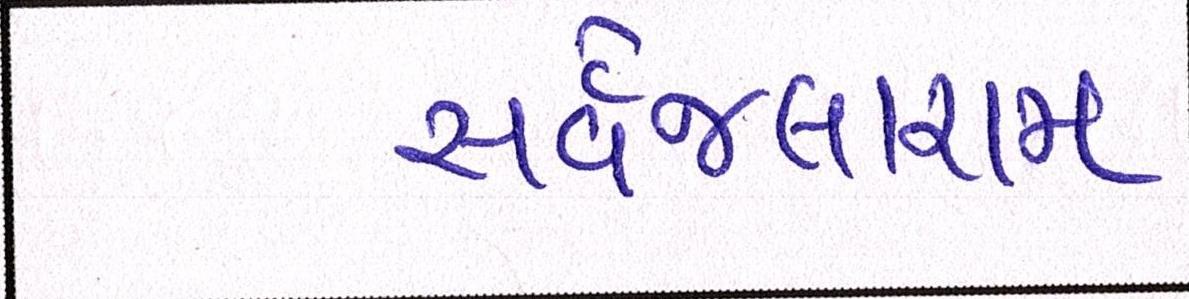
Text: સર્વેજલારામ